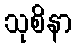
သုစိနာ